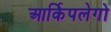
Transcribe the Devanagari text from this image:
आर्किपलेगो